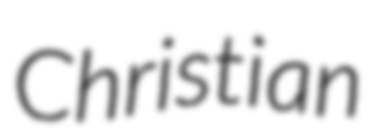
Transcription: Christian